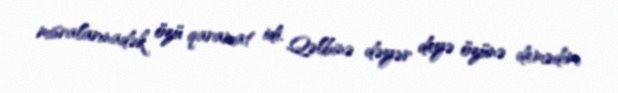
misralarınadək özü qaramat idi. Qəlbinə dəyər deyə özünə demədim.